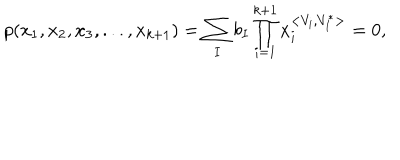
p ( x _ { 1 } , x _ { 2 } , x _ { 3 } , . . . , x _ { k + 1 } ) = \sum _ { I } b _ { I } \prod _ { i = 1 } ^ { k + 1 } x _ { i } ^ { < { V } _ { i } , { V } _ { I } ^ { \ast } > } = 0 ,